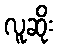
လူဆိုး